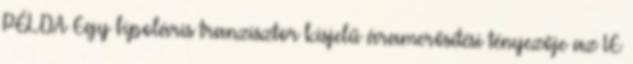
PÉLDA Egy bipoláris tranzisztor kisjelű áramerősítési tényezője az IE